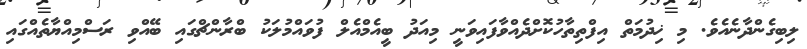
ލިބިގެންދާނެއެވެ. މި ޚިދުމަތް އިފްތިތާހުކޮށްދެއްވާފައިވަނީ މިއަދު ބީއެމްއެލް ފުވައްމުލަކު ބްރާންޗްގައި ބޭއްވި ރަސްމިއްޔާތެއްގައި